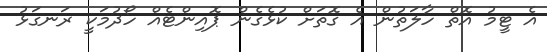
އެ ޓީމު އޮތް ހާލަތުން އެ ގޮތަށް ކުޅެގެން ޕޮއިންޓެއް ހޯދުމަކީ ރަނގަޅު